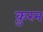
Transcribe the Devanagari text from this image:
क़ुरन